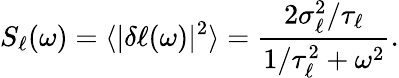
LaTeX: S_{\ell}(\omega)=\langle|\delta\ell(\omega)|^{2}\rangle=\frac{2\sigma_{\ell}^{2}/\tau_{\ell}}{1/\tau_{\ell}^{2}+\omega^{2}}.